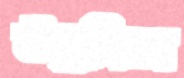
উল্লসিতা